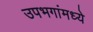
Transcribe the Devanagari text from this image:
उपभगांमध्ये